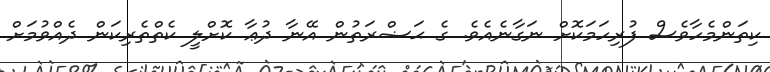
ކިތަންމެހާވެސް ފުރިހަމަކޮށް ނަގާނެއެވެ. ގެ ޙަޟްރަތުން އޭނާ ދުޢާ ކޮށްލީ ކެތްތެރިކަން ދެއްވުމަށް